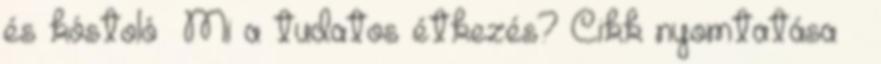
és kóstoló» Mi a tudatos étkezés? Cikk nyomtatása »